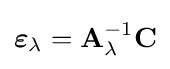
\mathbf {\boldsymbol {\varepsilon }} _{\lambda }=\mathbf {A} _{\lambda }^{-1}\mathbf {C}